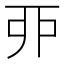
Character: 丣